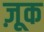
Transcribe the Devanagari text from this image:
ज़ूक